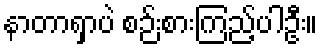
နာတာရှာပဲ စဉ်းစားကြည့်ပါဦး။